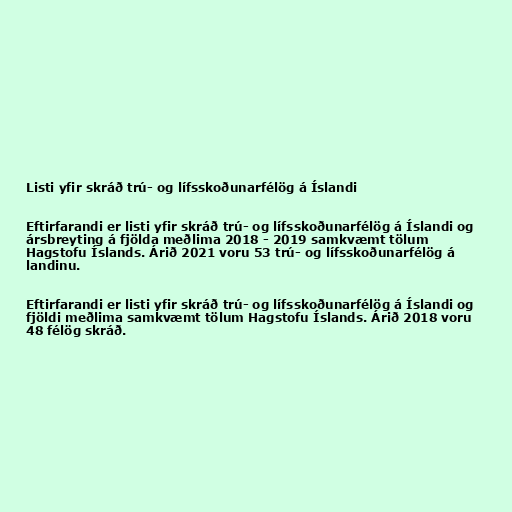
Listi yfir skráð trú- og lífsskoðunarfélög á Íslandi

Eftirfarandi er listi yfir skráð trú- og lífsskoðunarfélög á Íslandi og
ársbreyting á fjölda meðlima 2018 - 2019 samkvæmt tölum
Hagstofu Íslands. Árið 2021 voru 53 trú- og lífsskoðunarfélög á
landinu.

Eftirfarandi er listi yfir skráð trú- og lífsskoðunarfélög á Íslandi og
fjöldi meðlima samkvæmt tölum Hagstofu Íslands. Árið 2018 voru
48 félög skráð.